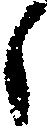
々